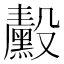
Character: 𬆴